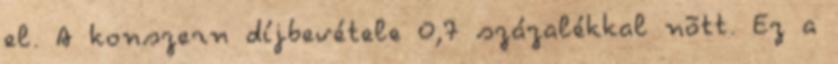
el. A konszern díjbevétele 0,7 százalékkal nõtt. Ez a